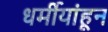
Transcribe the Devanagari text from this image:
धर्मीयांहून